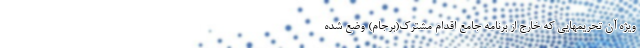
ویژه آن تحریمهایی که خارج از برنامه جامع اقدام مشترک(برجام) وضع شده